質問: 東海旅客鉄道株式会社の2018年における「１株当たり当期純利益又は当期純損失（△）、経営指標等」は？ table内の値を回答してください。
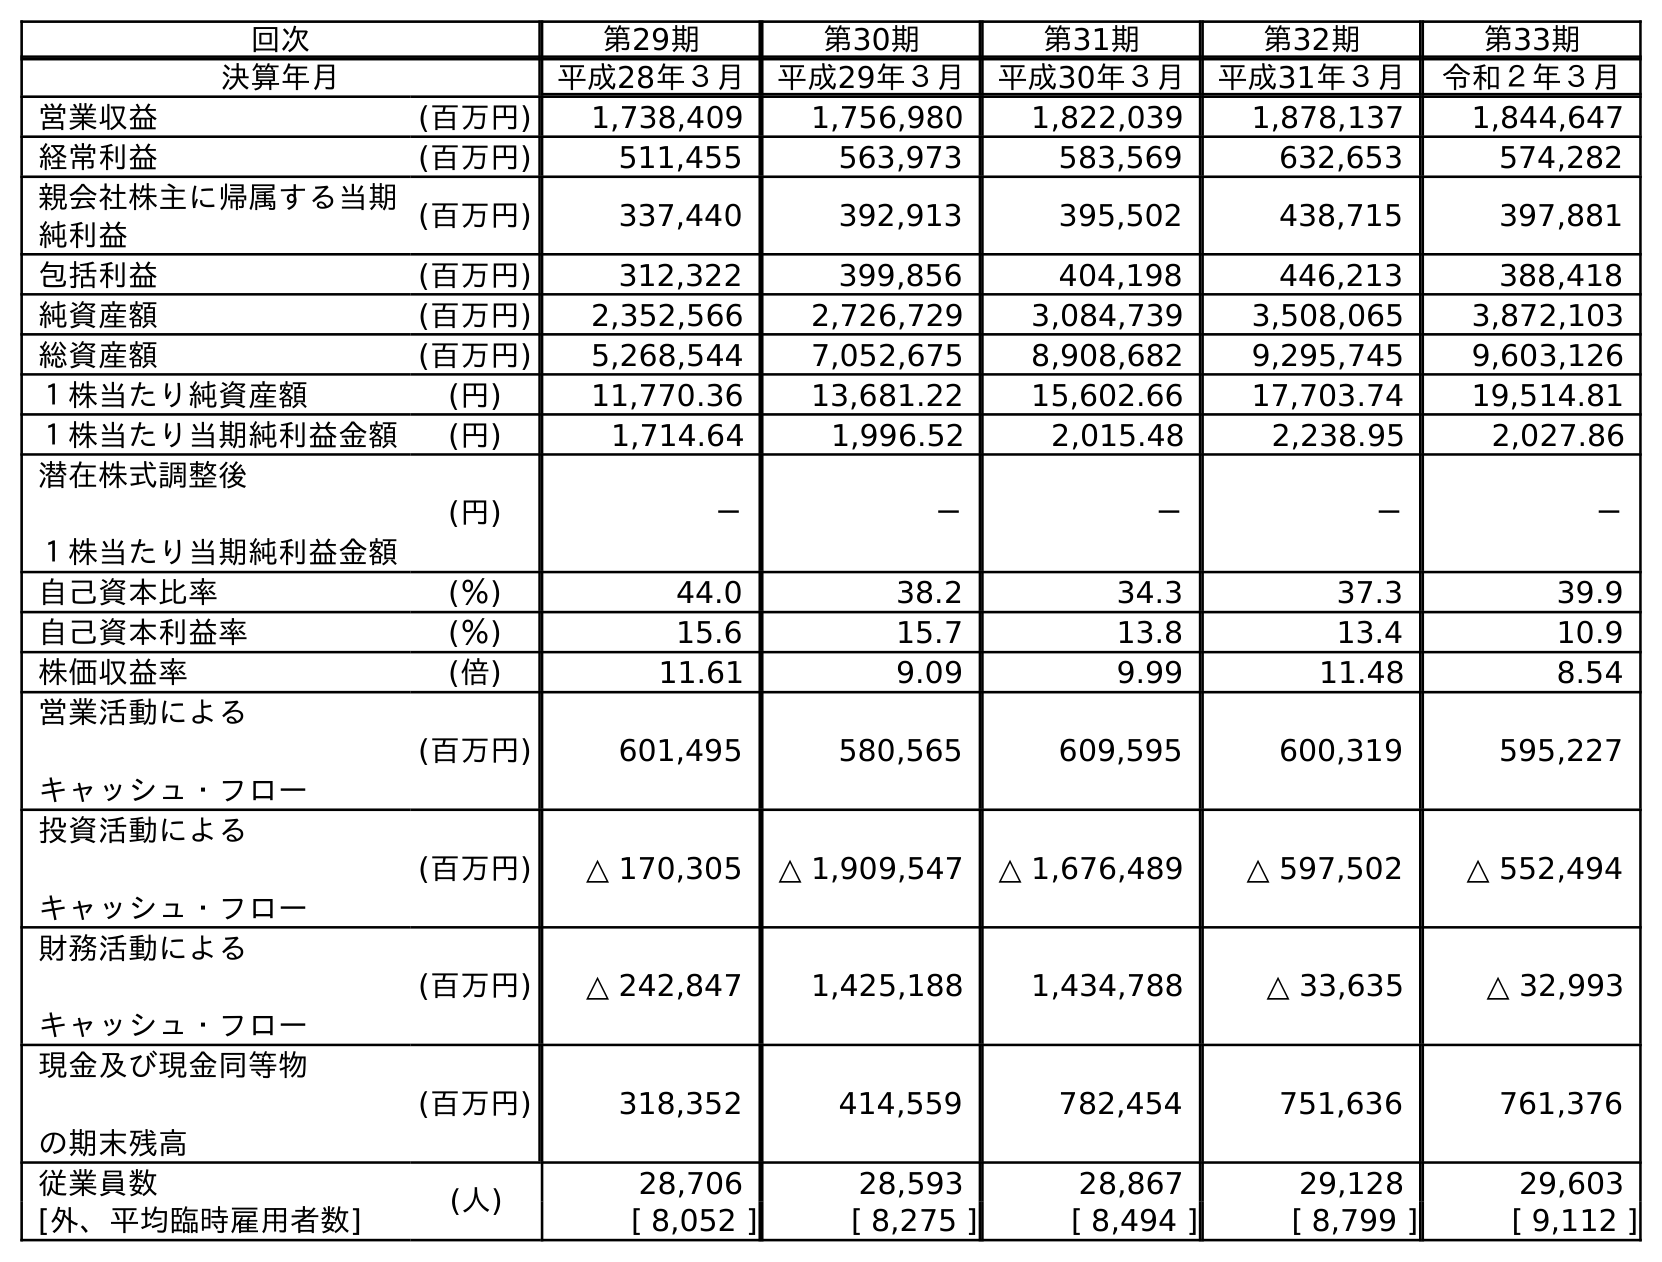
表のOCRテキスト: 回次 第29期 第30期 第31期 第32期 第33期 決算年月 平成28年３月 平成29年３月 平成30年３月 平成31年３月 令和２年３月 営業収益 (百万円) 1,738,409 1,756,980 1,822,039 1,878,137 1,844,647 経常利益 (百万円) 511,455 563,973 583,569 632,653 574,282 親会社株主に帰属する当期 純利益 (百万円) 337,440 392,913 395,502 438,715 397,881 包括利益 (百万円) 312,322 399,856 404,198 446,213 388,418 純資産額 (百万円) 2,352,566 2,726,729 3,084,739 3,508,065 3,872,103 総資産額 (百万円) 5,268,544 7,052,675 8,908,682 9,295,745 9,603,126 １株当たり純資産額 (円) 11,770.36 13,681.22 15,602.66 17,703.74 19,514.81 １株当たり当期純利益金額 (円) 1,714.64 1,996.52 2,015.48 2,238.95 2,027.86 潜在株式調整後 １株当たり当期純利益金額 (円) － － － － － 自己資本比率 (％) 44.0 38.2 34.3 37.3 39.9 自己資本利益率 (％) 15.6 15.7 13.8 13.4 10.9 株価収益率 (倍) 11.61 9.09 9.99 11.48 8.54 営業活動による キャッシュ・フロー (百万円) 601,495 580,565 609,595 600,319 595,227 投資活動による キャッシュ・フロー (百万円) △ 170,305 △ 1,909,547 △ 1,676,489 △ 597,502 △ 552,494 財務活動による キャッシュ・フロー (百万円) △ 242,847 1,425,188 1,434,788 △ 33,635 △ 32,993 現金及び現金同等物 の期末残高 (百万円) 318,352 414,559 782,454 751,636 761,376 従業員数 (人) 28,706 28,593 28,867 29,128 29,603 [外、平均臨時雇用者数] [ 8,052 ] [ 8,275 ] [ 8,494 ] [ 8,799 ] [ 9,112 ]
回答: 2,015.48